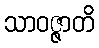
သာဝဇ္ဇာတိ